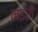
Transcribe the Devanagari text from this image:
मइरी